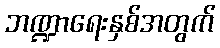
ဘဏ္ဍာရေးနှစ်အတွက်